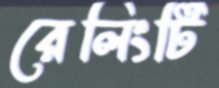
রেলিংটি